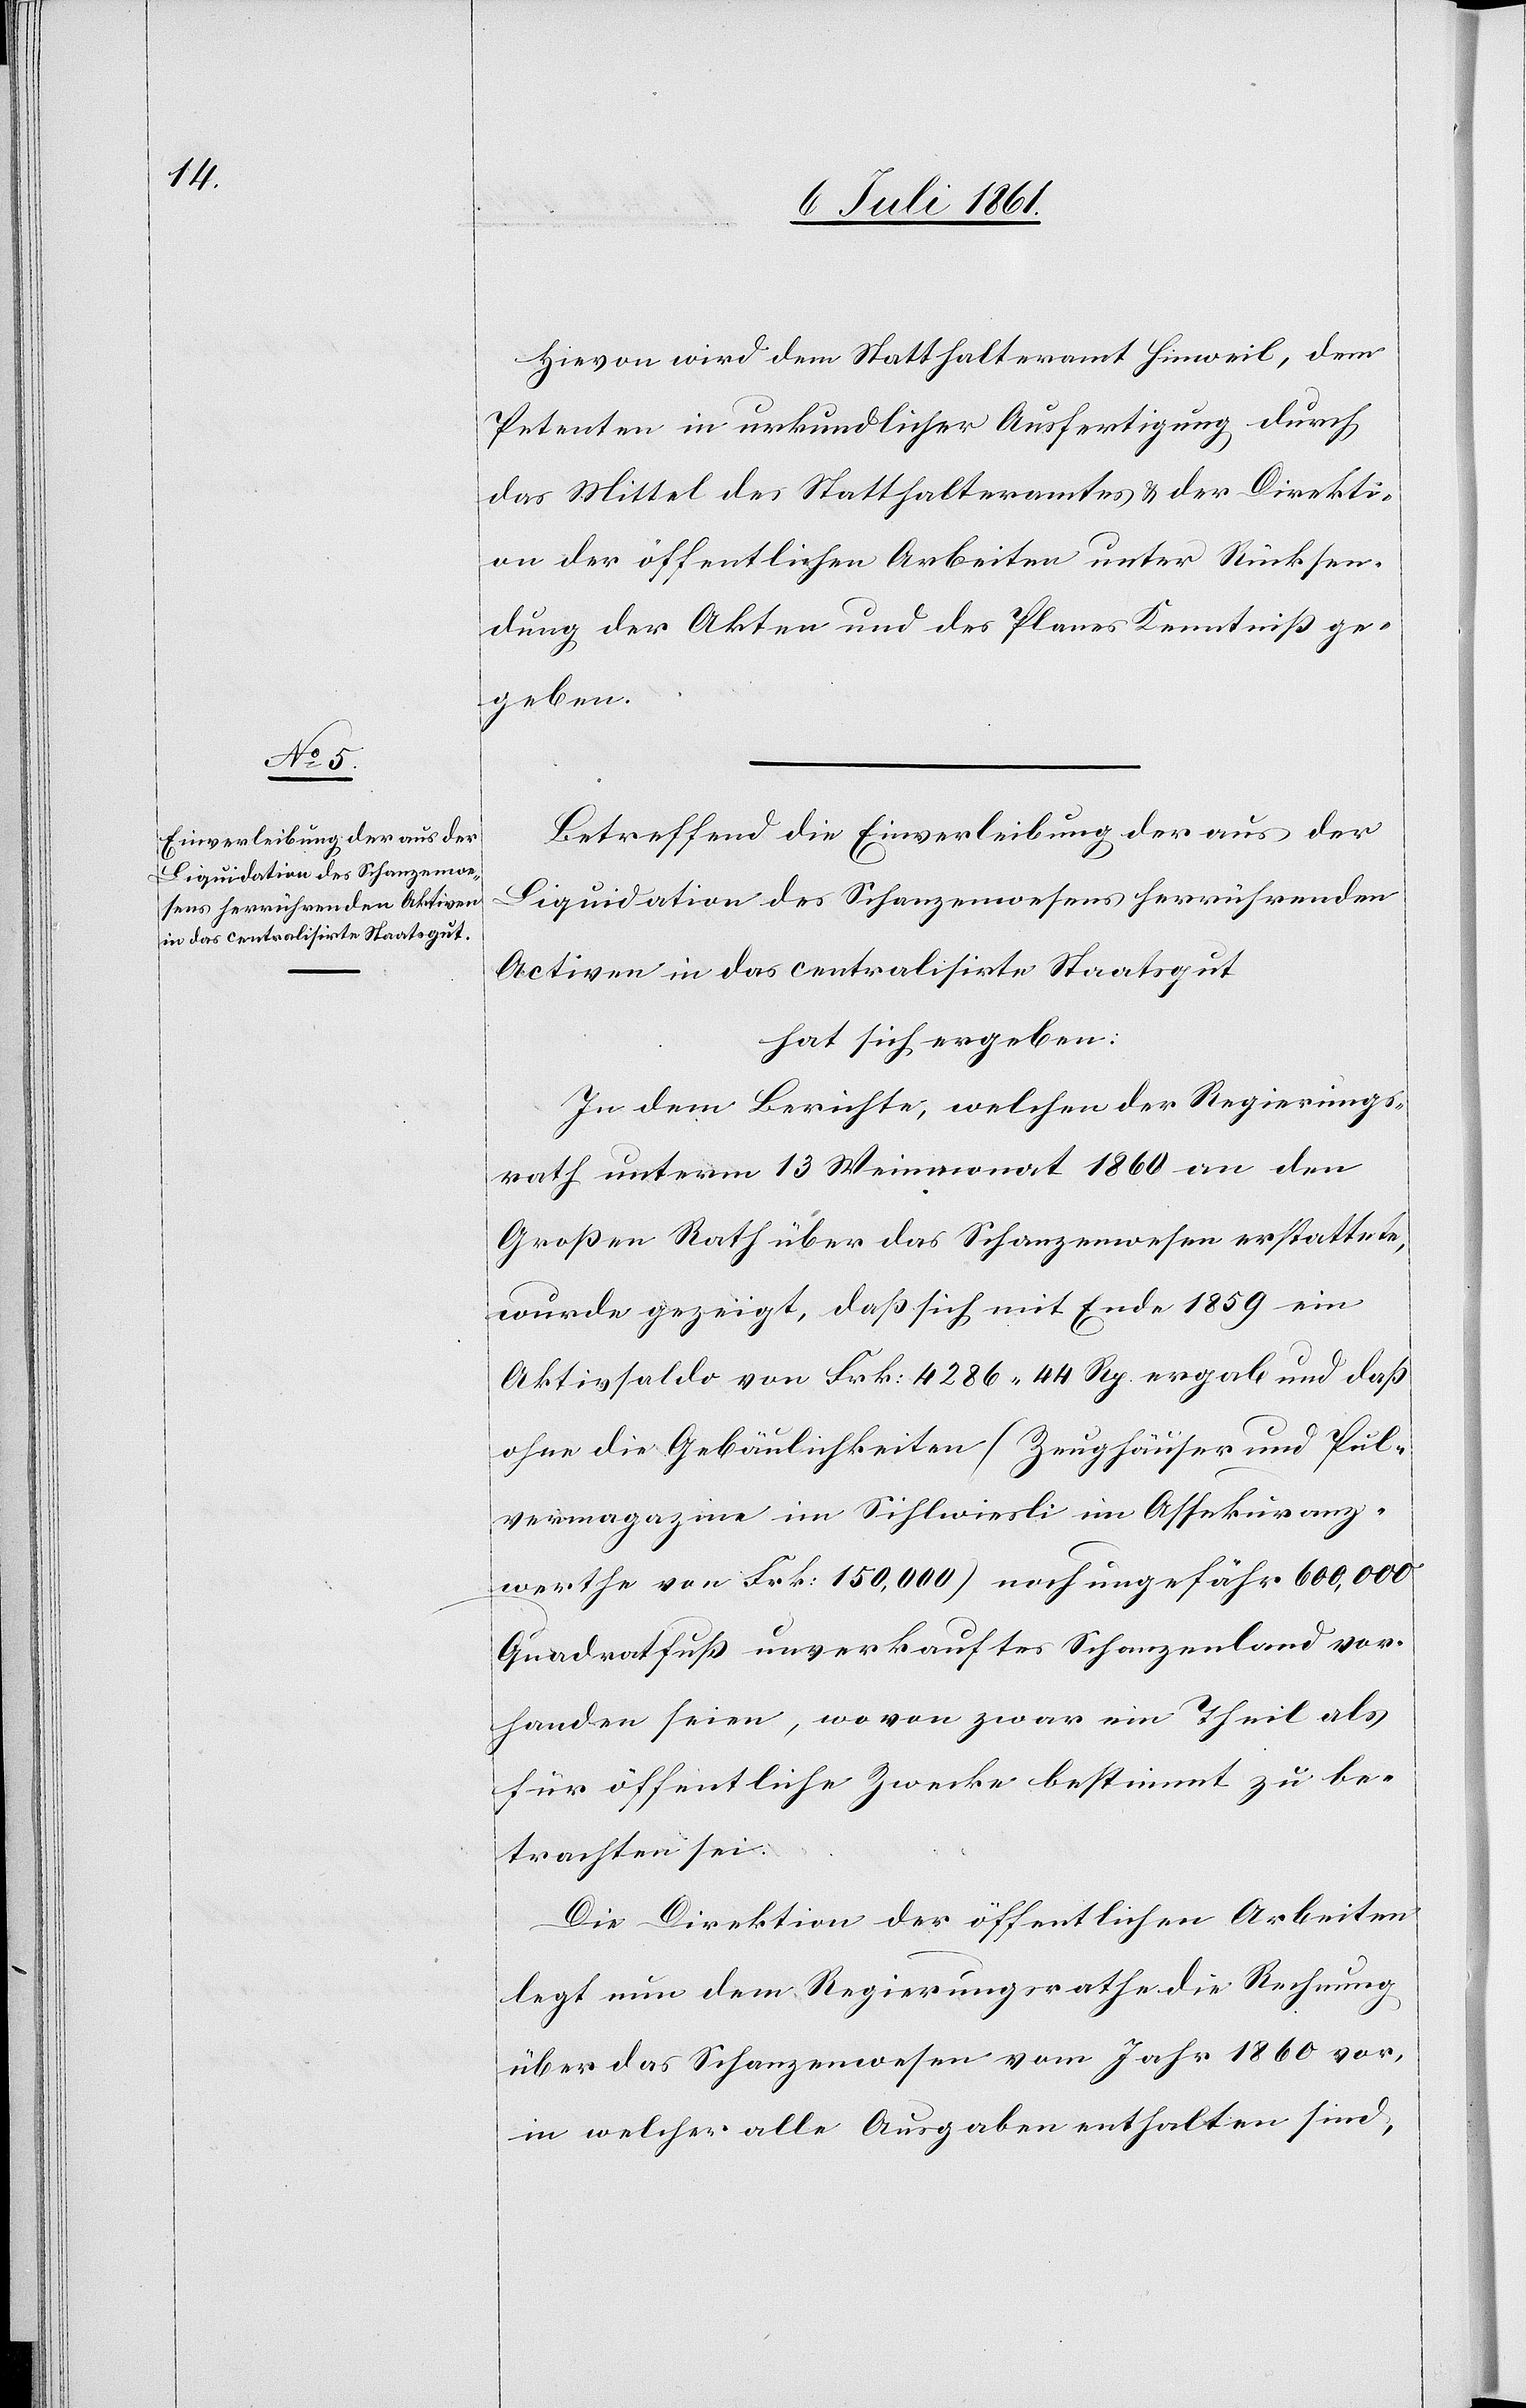
Hievon wird dem Statthalteramt Hinweil, dem
Petenten in urkundlicher Ausfertigung durch
das Mittel des Statthalteramtes u. der Direkti¬
on der öffentlichen Arbeiten unter Rücksen¬
dung der Akten und des Planes Kenntniß ge¬
geben.
Betreffend die Einverleibung der aus der
Liquidation des Schanzenwesens herrührenden
Activen in das centralisirte Staatsgut
hat sich ergeben:
In dem Berichte, welchen der Regierungs¬
rath unterm 13 Weinmonat 1860 an den
Großen Rath über das Schanzenwesen erstattete,
wurde gezeigt, daß sich mit Ende 1859 ein
Aktivsaldo von Frk. 4286.44 Rp. ergab und daß
ohne die Gebäulichkeiten (Zeughäuser und Pul¬
vermagazine in Sihlwiesli im Assekuranz¬
werthe von Frk. 150,000) noch ungefähr 600,000
Quadratfuß unverkauftes Schanzenland vor¬
handen seien, wovon zwar ein Theil als
für öffentliche Zwecke bestimmt zu be¬
trachten sei.
Die Direktion der öffentlichen Arbeiten
legt nun dem Regierungsrathe die Rechnung
über das Schanzenwesen vom Jahr 1860 vor,
in welcher alle Ausgaben enthalten sind,